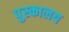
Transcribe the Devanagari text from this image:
पुस्‍कालय